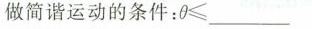
做简谐运动的条件：θ≤___